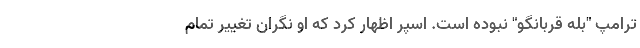
ترامپ "بله قربانگو" نبوده است. اسپر اظهار کرد که او نگران تغییر تمام